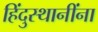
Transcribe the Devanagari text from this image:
हिंदुस्थानींना